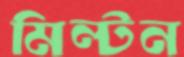
মিল্টন